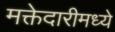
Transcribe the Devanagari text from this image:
मक्तेदारीमध्ये